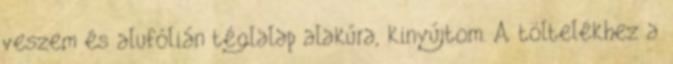
veszem és alufólián téglalap alakúra, kinyújtom. A töltelékhez a